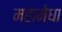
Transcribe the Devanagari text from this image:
महामेधा